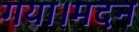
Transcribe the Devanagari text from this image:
गया।मदन